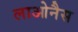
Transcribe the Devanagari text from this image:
लाओनैस